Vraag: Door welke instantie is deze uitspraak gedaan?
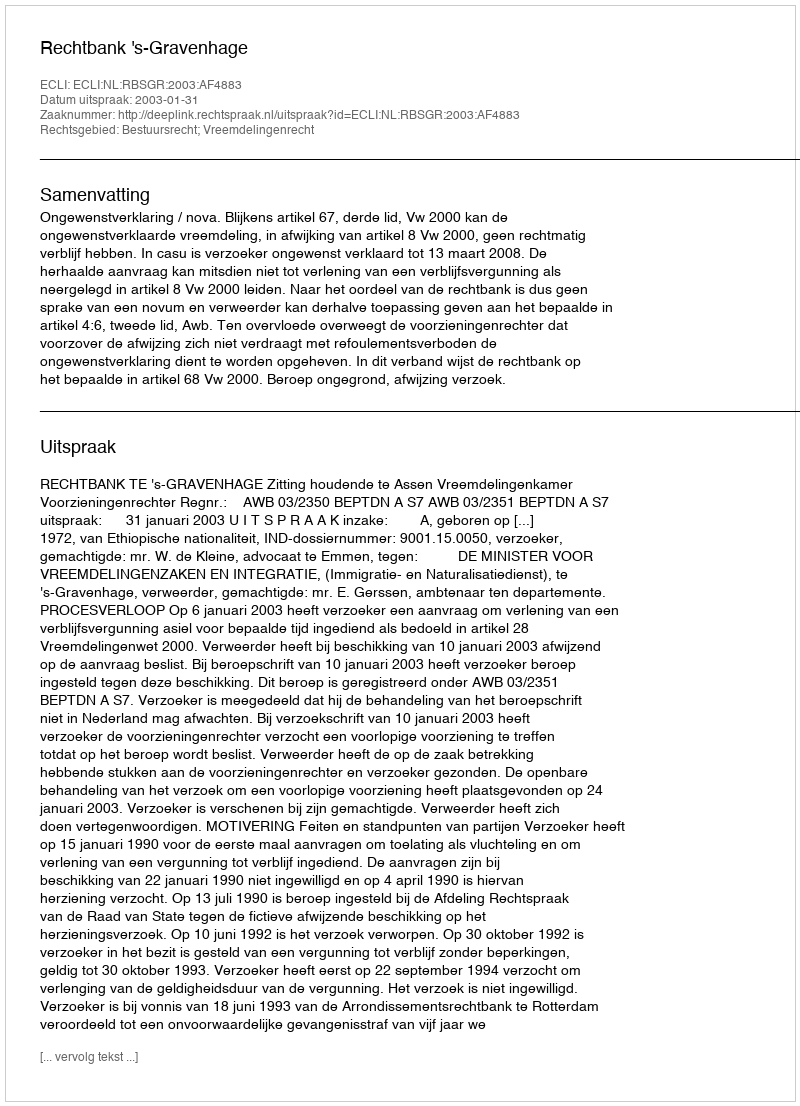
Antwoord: Rechtbank 's-Gravenhage